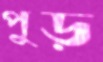
পুড়